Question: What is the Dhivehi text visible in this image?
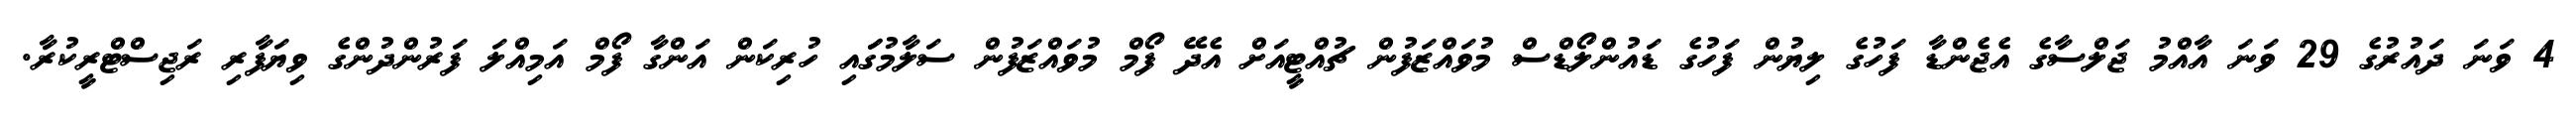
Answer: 4 ވަނަ ދައުރުގެ 29 ވަނަ އާއްމު ޖަލްސާގެ އެޖެންޑާ ފަހުގެ ލިޔުން ފަހުގެ ޑައުންލޯޑްސް މުވައްޒަފުން ޗުއްޓީއަށް އެދޭ ފޯމް މުވައްޒަފުން ސަލާމުގަައި ހުރިކަން އަންގާ ފޯމް އަމިއްލަ ފަރުންދުންގެ ވިޔަފާރި ރަޖިސްޓްރީކުރާ.